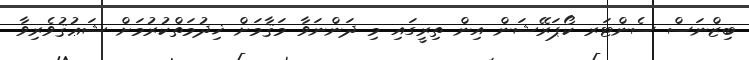
ބިޒްނަސް ސެންޓަރ ކޯޕަރޭޝަން އިން ތިރީގައި މި ދަންނަވާ މަޤާމަށް ޚިދުމަތްކުރުމަށް ޝަޢުޤުވެރިވާ